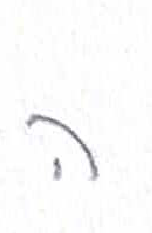
אות: ה